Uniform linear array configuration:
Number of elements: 16
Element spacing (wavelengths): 0.5
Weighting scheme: uniform
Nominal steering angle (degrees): -45
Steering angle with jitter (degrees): -44.914
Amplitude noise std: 0.05
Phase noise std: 0.05

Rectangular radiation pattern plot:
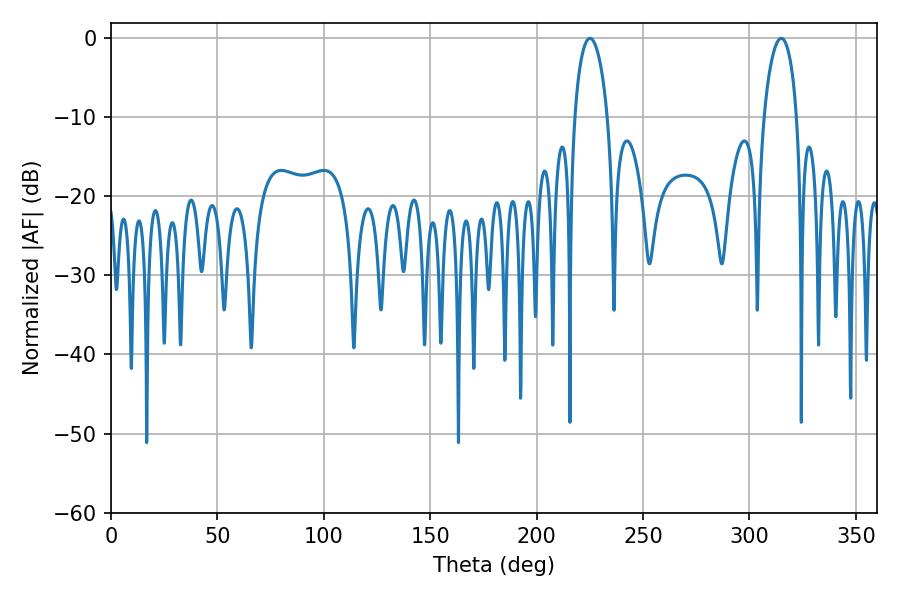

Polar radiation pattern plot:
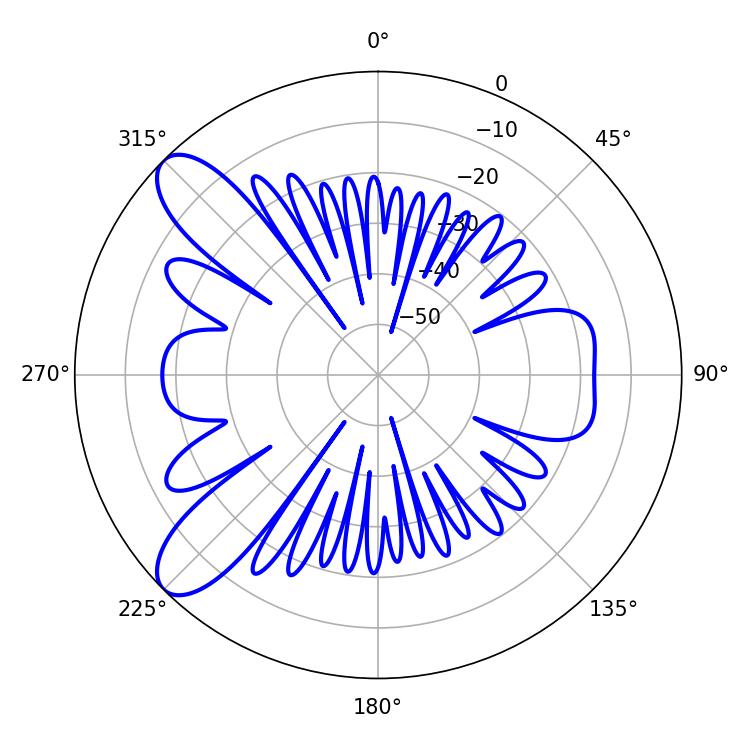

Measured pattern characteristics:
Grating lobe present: FALSE
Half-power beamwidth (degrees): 8.82
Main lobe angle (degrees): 225